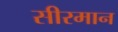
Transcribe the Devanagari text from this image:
सीरमान